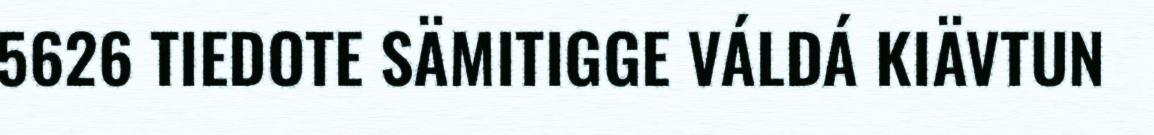
5626 TIEDOTE SÄMITIGGE VÁLDÁ KIÄVTUN